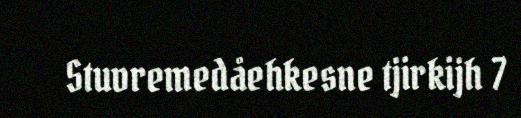
Stuvremedåehkesne tjirkijh 7